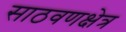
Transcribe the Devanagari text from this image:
साठवणक्षेत्र